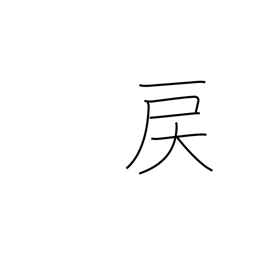
Meaning: go backwards